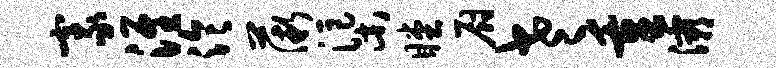
豪淮泠薇渠瞠厨老重灞